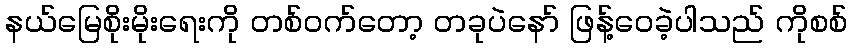
နယ်မြေစိုးမိုးရေးကို တစ်ဝက်တော့ တခုပဲနော် ဖြန့်ဝေခဲ့ပါသည် ကိုစစ်